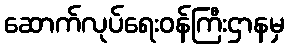
ဆောက်လုပ်ရေးဝန်ကြီးဌာနမှ